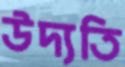
উদ্যতি